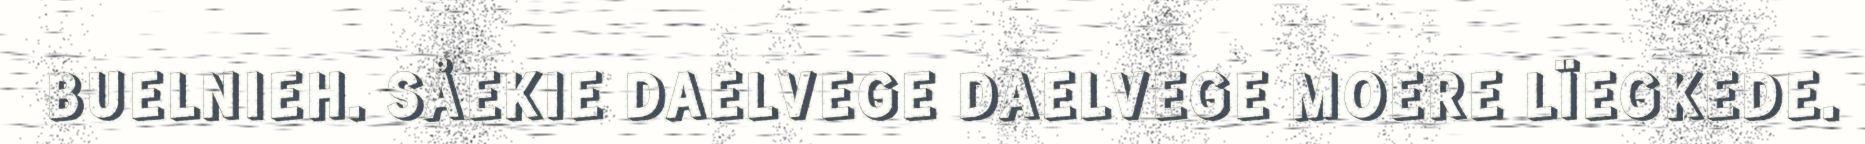
BUELNIEH. SÅEKIE DAELVEGE DAELVEGE MOERE LÏEGKEDE.